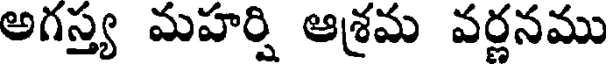
అగస్త్య మహర్షి ఆశ్రమ వర్ణనము